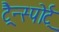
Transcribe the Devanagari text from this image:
ट्रैन्स्पोर्ट्